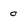
Character: 0